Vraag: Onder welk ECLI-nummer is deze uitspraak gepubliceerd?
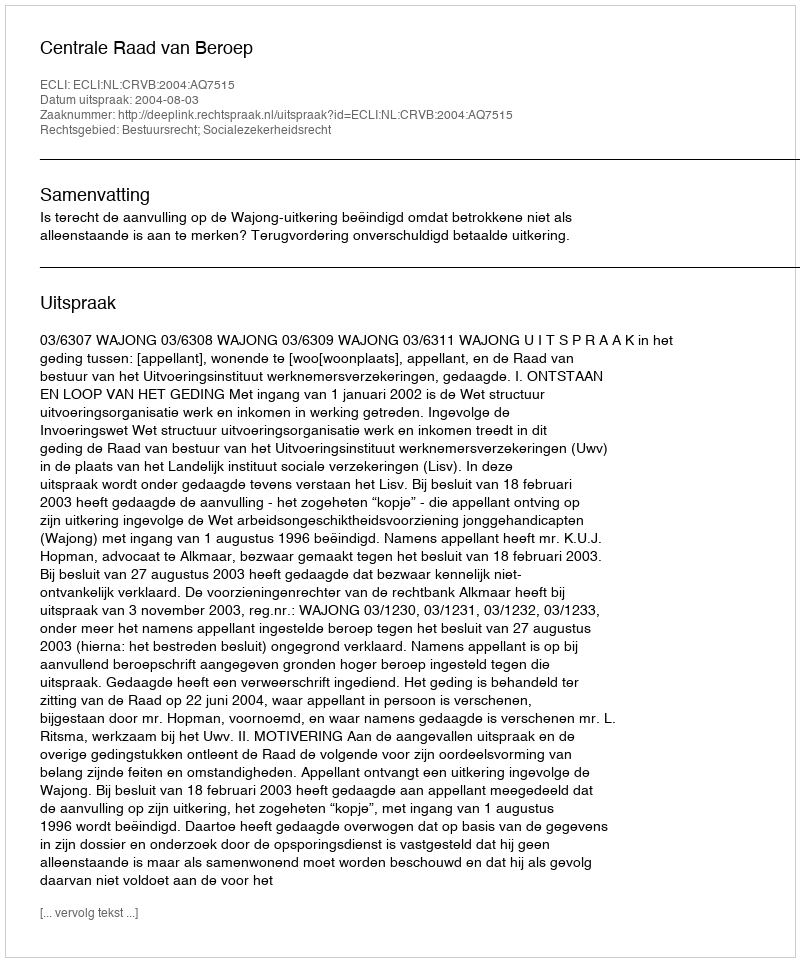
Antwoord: ECLI:NL:CRVB:2004:AQ7515